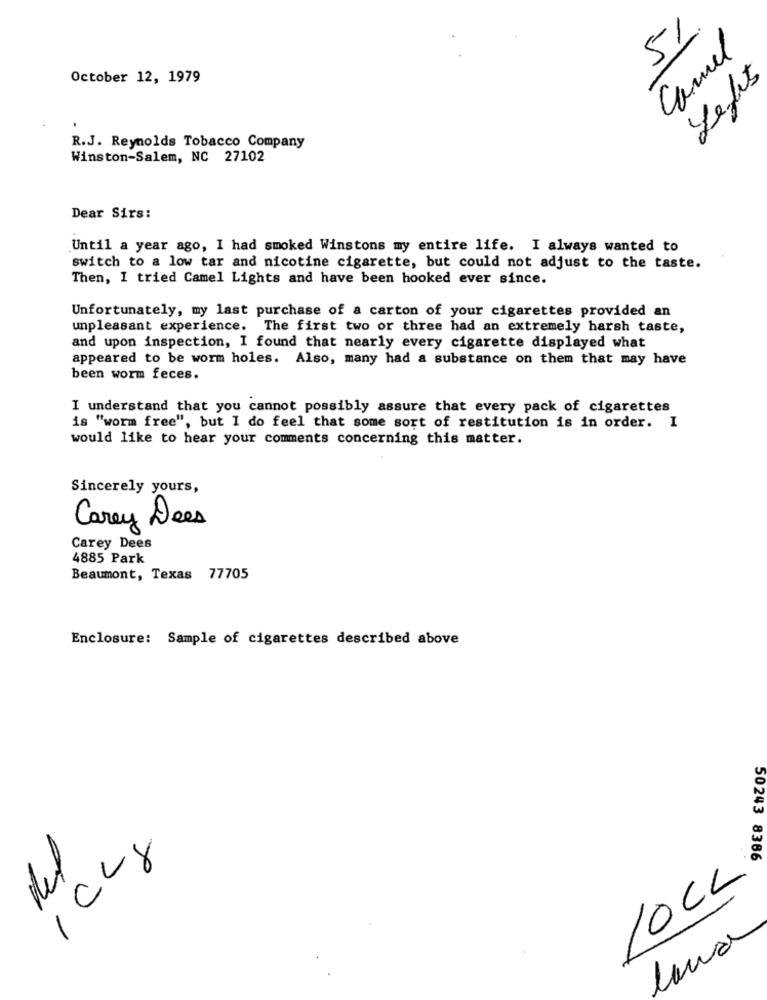
51
Camel
October 12, 1979
Lefis
R.J. Reynolds Tobacco Company
Winston-Salem, NC 27102
Dear Sirs:
Until a year ago, I had smoked Winstons my entire life. I always wanted to
switch to a low tar and nicotine cigarette, but could not adjust to the taste.
Then, I tried Camel Lights and have been hooked ever since.
Unfortunately, my last purchase of a carton of your cigarettes provided an
unpleasant experience. The first two or three had an extremely harsh taste,
and upon inspection, I found that nearly every cigarette displayed what
appeared to be worm holes. Also, many had a substance on them that may have
been worm feces.
I understand that you cannot possibly assure that every pack of cigarettes
is "worm free", but I do feel that some sort of restitution is in order. I
would like to hear your comments concerning this matter.
Sincerely yours,
Carey Dees
Carey Dees
4885 Park
Beaumont, Texas 77705
Enclosure: Sample of cigarettes described above
50243 8366
del
10CL
lana